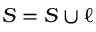
S = S \cup \ell